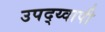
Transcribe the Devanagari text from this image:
उपद्य्वापी